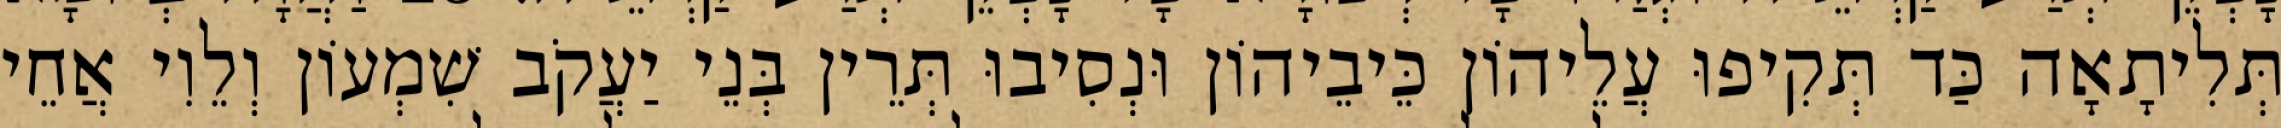
תְּלִיתָאָה כַּד תְּקִיפוּ עֲלֵיהוֹן כֵּיבֵיהוֹן וּנְסִיבוּ תְּרֵין בְּנֵי יַעֲקֹב שִׁמְעוֹן וְלֵוִי אֲחֵי